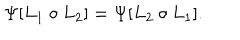
LaTeX: \Psi [ L _ { 1 } \circ L _ { 2 } ] = \Psi [ L _ { 2 } \circ L _ { 1 } ] .